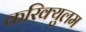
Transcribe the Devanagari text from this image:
करिक्युलम